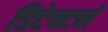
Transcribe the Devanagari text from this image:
डिटेक्टर्स